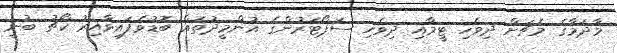
މާދަމާގެ މެޗަށް ދިވެހި ޓީމާއި ދިވެހި ސަޕޯޓަރުންގެ އުންމީދުތައް ބޮޑުވެފައިވާއިރު ކޯޗު ބުނީ